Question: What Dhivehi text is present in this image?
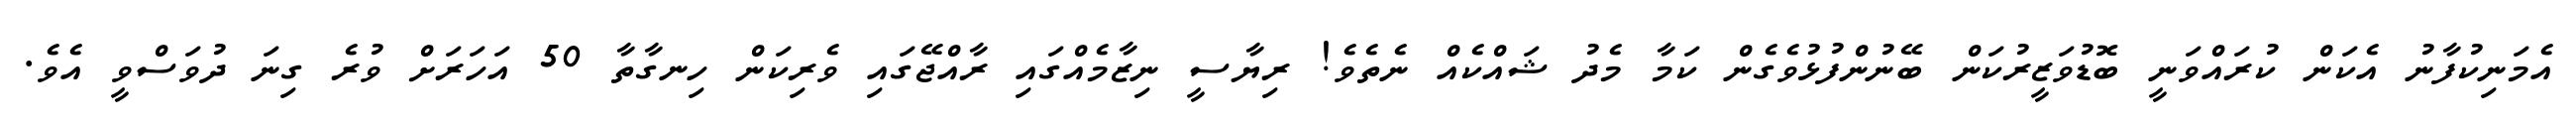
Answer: އެމަނިކުފާނު އެކަން ކުރައްވަނީ ބޮޑުވަޒީރުކަން ބޭނުންފުޅުވެގެން ކަމާ މެދު ޝައްކެއް ނެތެވެ! ރިޔާސީ ނިޒާމެއްގައި ރާއްޖޭގައި ވެރިކަން ހިނގާތާ 50 އަހަރަށް ވުރެ ގިނަ ދުވަސްވީ އެވެ.